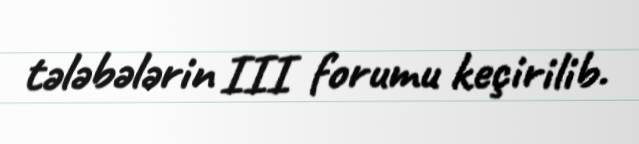
tələbələrin III forumu keçirilib.